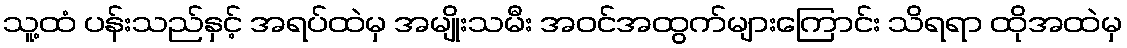
သူ့ထံ ပန်းသည်နှင့် အရပ်ထဲမှ အမျိုးသမီး အဝင်အထွက်များကြောင်း သိရရာ ထိုအထဲမှ